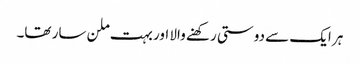
ہر ایک سے دوستی رکھنے والا اور بہت ملن سار تھا۔